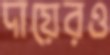
দায়েরও